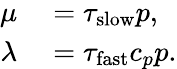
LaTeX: \begin{array}{rl}{\mu}&{{}=\tau_{\mathrm{slow}}p,}\\ {\lambda}&{{}=\tau_{\mathrm{fast}}c_{p}p.}\end{array}